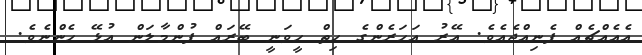
އެއެއްޗެއް ފެނިއްޖެއެވެ. އޭރު އަހަރެންގެ ހިތް ހީވަނީ ބޭރައް ފުންމާލަން އުޅޭ ހެންނެވެ.